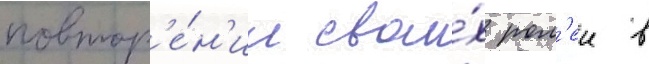
повтор'е́н'ии свои́х рол'еи в